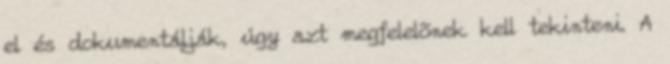
el és dokumentálják, úgy azt megfelelõnek kell tekinteni. A